Scottish Certificate of Education, 1963
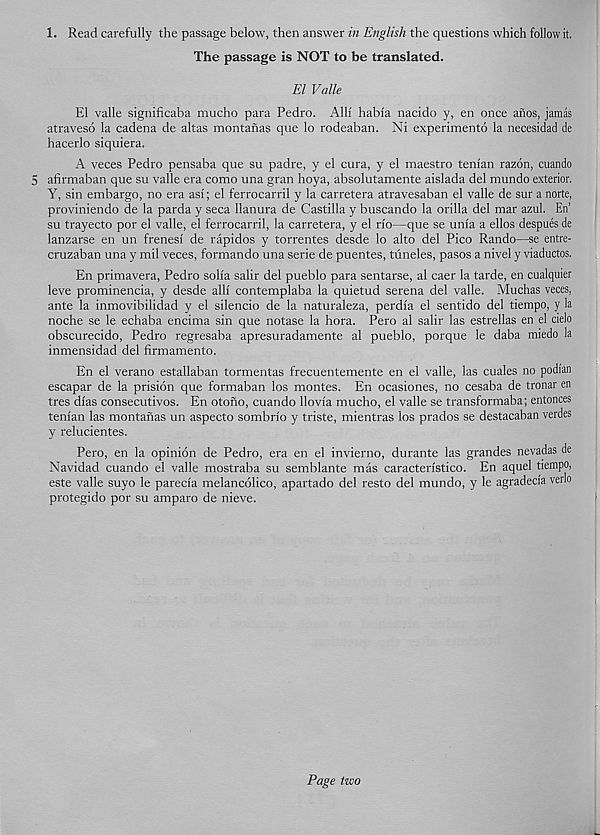
1. Read carefully the passage below, then answer in English the questions which follow it.
The passage is NOT to be translated.
El Valle
El valle significaba mucho para Pedro. Alii habia nacido y, en once anos, jamas
atraveso la cadena de altas montanas que lo rodeaban. Ni experimento la necesidad de
hacerlo siquiera.
A veces Pedro pensaba que su padre, y el cura, y el maestro tenian razon, cuandp
5 afirmaban que su valle era como una gran hoya, absolutamente aislada del mundo exterior.
Y, sin embargo, no era asi; el ferrocarril y la carretera atravesaban el valle de sur a norte,
proviniendo de la parda y seca lianura de Castilla y buscando la orilla del mar azul. En’
su trayecto por el valle, el ferrocarril, la carretera, y el rio—que se um'a a ellos despues de
lanzarse en un frenesl de rapidos y torrentes desde lo alto del Pico Rando—se entre-
cruzaban una y mil veces, formando una serie de puentes, tuneles, pasos a nivel y viaductos.
En primavera, Pedro solia salir del pueblo para sentarse, al caer la tarde, en cualquier
leve prominencia, y desde alii contemplaba la quietud serena del valle. Muchas veces,
ante la inmovibilidad y el silencio de la naturaleza, perdia el sentido del tiempo, y la
noche se le echaba encima sin que notase la hora. Pero al salir las estrellas en el cielo
obscurecido, Pedro regresaba apresuradamente al pueblo, porque le daba miedo la
inmensidad del firmamento.
En el verano estallaban tormentas frecuentemente en el valle, las cuales no podian
escapar de la prision que formaban los montes. En ocasiones, no cesaba de tronar en
tres dias consecutivos. En otono, cuando llovia mucho, el valle se transformaba; entonces
tenian las montanas un aspecto sombrio y triste, mientras los prados se destacaban verdes
y relucientes.
Pero, en la opinion de Pedro, era en el invierno, durante las grandes nevadas de
Navidad cuando el valle mostraba su semblante mas caracteristico. En aquel tiempo,
este valle suyo le parecia melancolico, apartado del resto del mundo, y le agradecia verlo
protegido por su amparo de nieve.
Page two